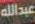
عبدالله